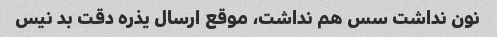
نون نداشت سس هم نداشت، موقع ارسال یذره دقت بد نیس